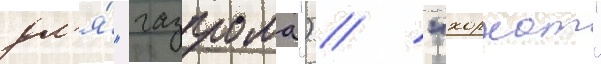
дл'я́ "газпрома") / "хорхат"